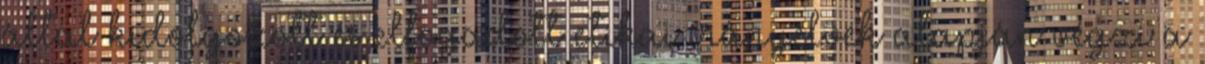
által kidolgozott és elfogadott etikai irányelvek alapján végzi a